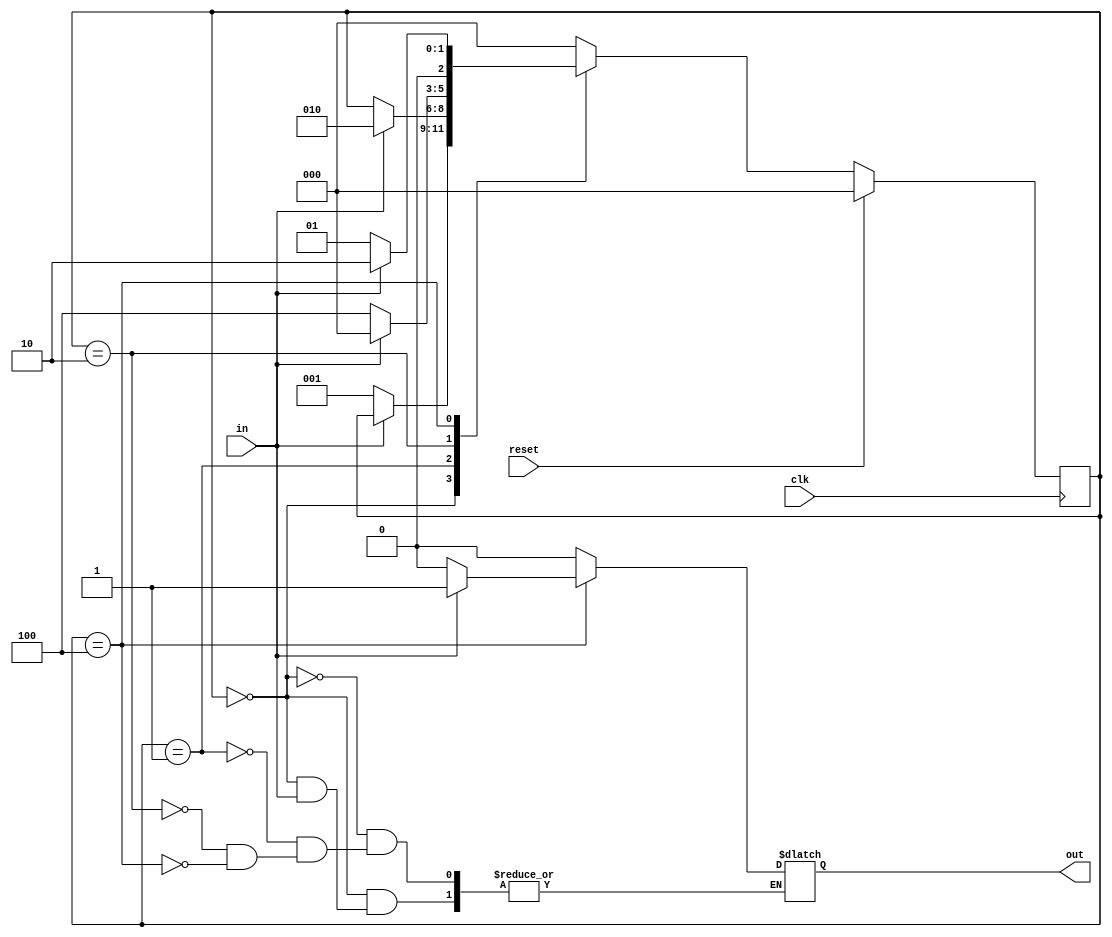
module fsm_patren_detector(in,reset,clk,out);
input in,clk,reset;
output reg out;
reg [2:0]current_state,next_state;  
localparam S0=3'b000,
            S1=3'b001,
            S2=3'b010,
            S3=3'b100;
 always @(current_state or in)
 begin
 case (current_state)
 S0: if(in==1'b0)
     begin
     next_state=S1;
     out=1'b0;
     end
     else next_state =current_state;
 S1:if(in==1'b1)
     begin
      next_state =S2;
      out=1'b0;
      end
      else
     begin
    next_state = current_state;
     out=1'b0;
     end
 S2: if(in==1'b0)
     begin
     next_state=S3;
     out=1'b0;
     end
     else
     begin
     next_state =S0;
     out=1'b0;
     end
 S3: if(in==1'b1)
     begin
     next_state=S2;
     out=1'b1;
     end
     else
     begin
     next_state=S1;
    out=1'b0;
     end
     default:next_state=S0;
     endcase
     end
always@(posedge clk)
begin
if(reset)
current_state<=S0;
else
current_state<=next_state;
end
endmodule